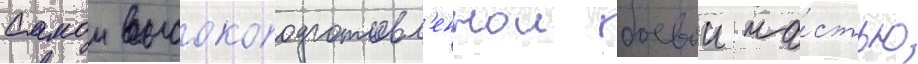
Самои высокоподготовл'еннои боевои ча́стью